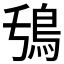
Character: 𮬧